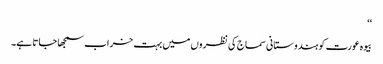
‘‘
بیوہ عورت کو ہندوستانی سماج کی نظروں میں بہت خراب سمجھا جاتا ہے۔